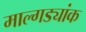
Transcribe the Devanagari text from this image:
माल्गड्यांक